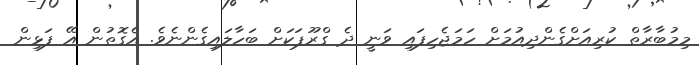
މިމުބާރާތް ކުރިއަށްގެންދިއުމަށް ހަމަޖެހިފައި ވަނީ ދެ ގްރޫޕަކަށް ބަހާލައިގެންނެވެ. އެގޮތުން އޭ ފަޅިން